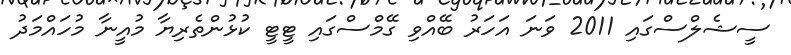
ސީޝެލްސްގައި 2011 ވަނަ އަހަރު ބޭއްވި ގޭމްސްގައި ޓީޓީ ކުޅުންތެރިޔާ މުއީނާ މުހައްމަދު